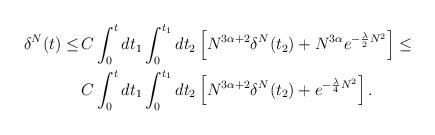
LaTeX: \begin{align*}\delta^N(t)\leq \,& C \int_0^t dt_1 \int_0^{t_1} dt_2\left[ N^{3\alpha+2}\delta^N(t_2)+N^{3\alpha}e^{-\frac{\lambda}{2} N^2}\right]\leq\\& C \int_0^t dt_1 \int_0^{t_1} dt_2\left[ N^{3\alpha+2}\delta^N(t_2)+e^{-\frac{\lambda}{4} N^2}\right].\end{align*}